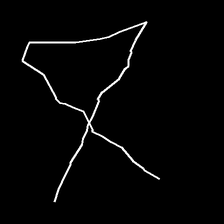
Glyph: collection